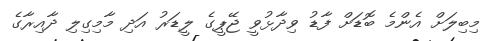
މިބިލަށް އެންމެ ބޮޑަށް ފާޑު ވިދާޅުވީ ޖޭޕީގެ ލީޑަރު އަދި މާމިގިލި ދާއިރާގެ